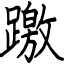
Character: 躈